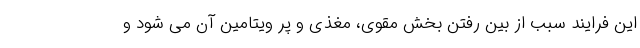
این فرایند سبب از بین رفتن بخش مقوی، مغذی و پر ویتامین آن می شود و